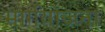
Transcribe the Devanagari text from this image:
मार्गयोजना